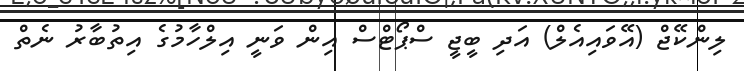
ލިންކޭޖް (އޭވައިއެލް) އަދި ބީޖީ ސްޕޯޓްސް އިން ވަނީ އިލްހާމުގެ އިތުބާރު ނެތް